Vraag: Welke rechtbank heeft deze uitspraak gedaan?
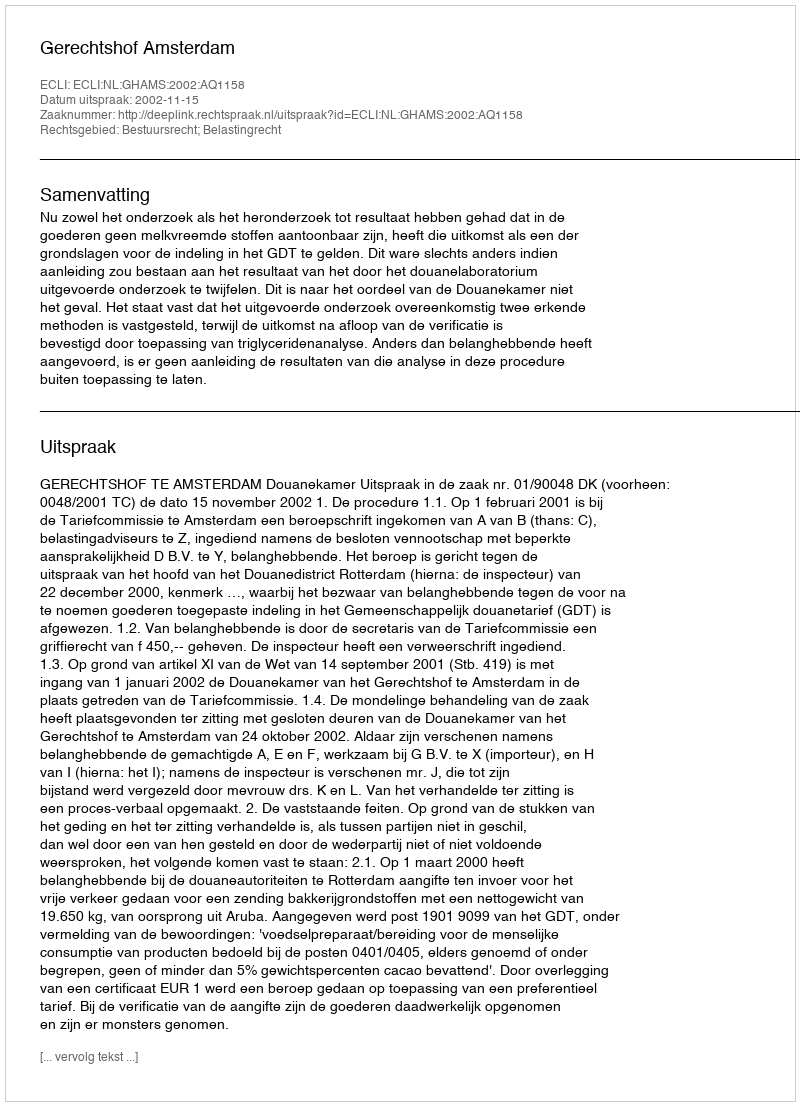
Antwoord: Gerechtshof Amsterdam